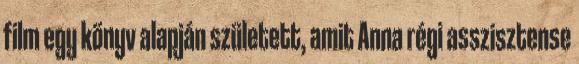
film egy könyv alapján született, amit Anna régi asszisztense